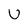
Character: U